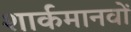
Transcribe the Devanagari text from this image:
शार्कमानवों